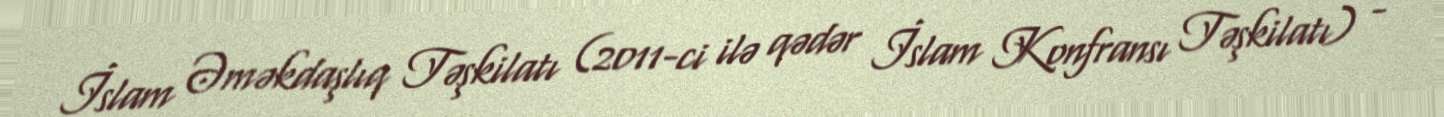
İslam Əməkdaşlıq Təşkilatı (2011-ci ilə qədər İslam Konfransı Təşkilatı) -